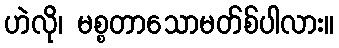
ဟဲလို၊ မစ္စတာသောမတ်စ်ပါလား။